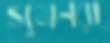
সুমনরা